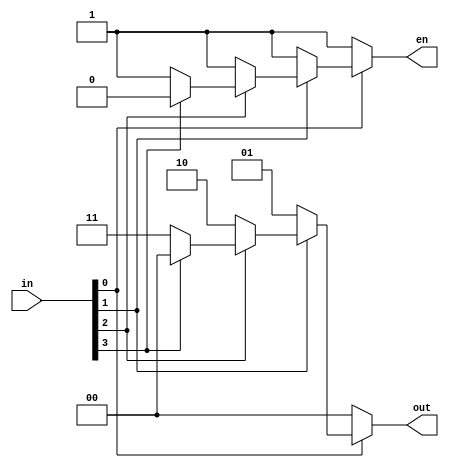
module prioenc #(
		 parameter REQ_LEN = 4,
		 parameter GRANT_LEN = 2
		 )
   (
    input wire [REQ_LEN-1:0]   in,
    output reg [GRANT_LEN-1:0] out,
    output reg 		       en
   );
   
   integer 		      i;
   always @ (*) begin
      en = 0;
      out = 0;
      for (i = REQ_LEN-1 ; i >= 0 ; i = i - 1) begin
	 if (~in[i]) begin
	    out = i;
	    en = 1;
	 end
      end
   end
endmodule